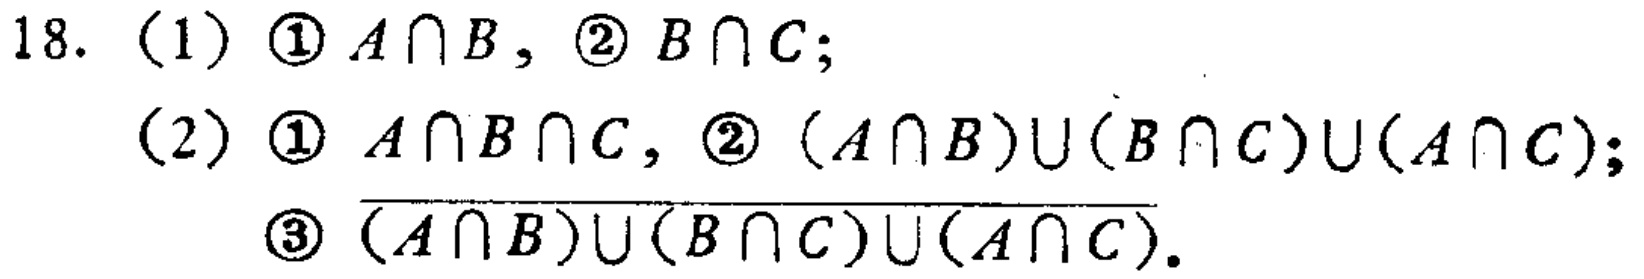
18. (1) \(\textcircled{1}A\cap B,\textcircled{2}B\cap C;\)

(2) \(\textcircled{1}A\cap B\cap C,\textcircled{2}(A\cap B)\cup(B\cap C)\cup(A\cap C);\)

\(\textcircled{3}\overline{(A\cap B)\cup(B\cap C)\cup(A\cap C)}.\)